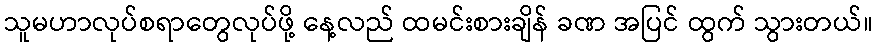
သူမဟာလုပ်စရာတွေလုပ်ဖို့ နေ့လည် ထမင်းစားချိန် ခဏ အပြင် ထွက် သွားတယ်။